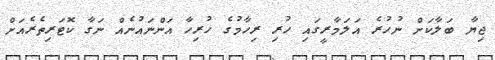
ޖިޔާ ބަލާކަށް ނުހުރެ އަލަމާރީގައި ހުރި ރިހާމުގެ ހުރިހާ އަންނައުނެއް ނަގާ ކޮޓަރިތެރެއަށް